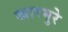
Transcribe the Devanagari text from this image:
खारमुरे